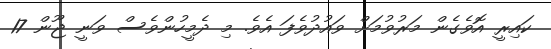
ކައިރީ އޮވެގެން މަރުވުމަށް ވައުދުވެފަ އެވެ. މި ދެމީހުންވެސް ވަނީ ޖޫން 17